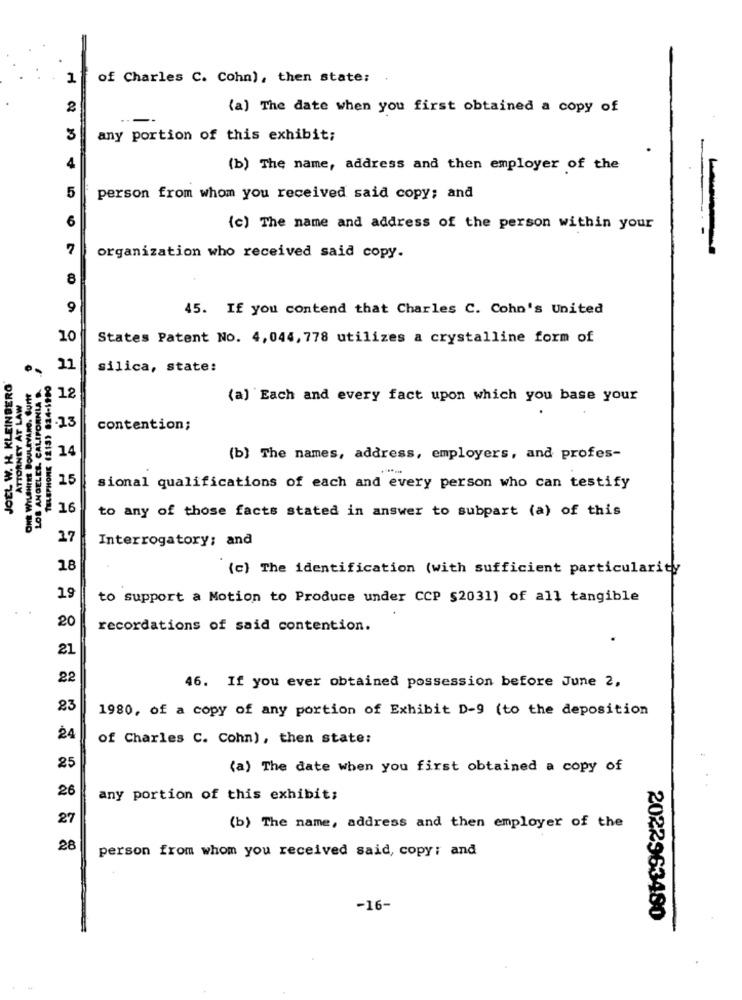
1
of Charles C. Cohn), then state;
2
(a) The date when you first obtained a copy of
3
any portion of this exhibit;
4
(b) The name, address and then employer of the
5
person from whom you received said copy; and
6
(c) The name and address of the person within your
7
organization who received said copy.
8
9
45. If you contend that Charles C. Cohn's United
10
States Patent No. 4,044, 778 utilizes a crystalline form of
11
silica, state:
JOEL W. H. KLEINBERG
LOS ANGELES, CALIFORNIA
ATTORNEY AT LAW
12
(a) Each and every fact upon which you base your
ONE WILSHIRE BOULEVARD
-13
contention;
14
(b) The names, address, employers, and profes-
15
sional qualifications of each and every person who can testify
16
to any of those facts stated in answer to subpart (a) of this
17
Interrogatory; and
18
(c) The identification (with sufficient particularity
19
to support a Motion to Produce under CCP $2031) of all tangible
20
recordations of said contention.
21
22
46. If you ever obtained possession before June 2,
23
1980, of a copy of any portion of Exhibit D-9 (to the deposition
24
of Charles C. Cohn), then state:
25
(a) The date when you first obtained a copy of
26
any portion of this exhibit;
27
(b) The name, address and then employer of the
28
person from whom you received said, copy; and
-16-
2022963480